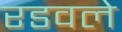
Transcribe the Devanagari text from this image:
रडवले